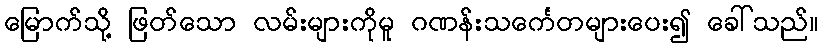
မြောက်သို့ ဖြတ်သော လမ်းများကိုမူ ဂဏန်းသင်္ကေတများပေး၍ ခေါ်သည်။